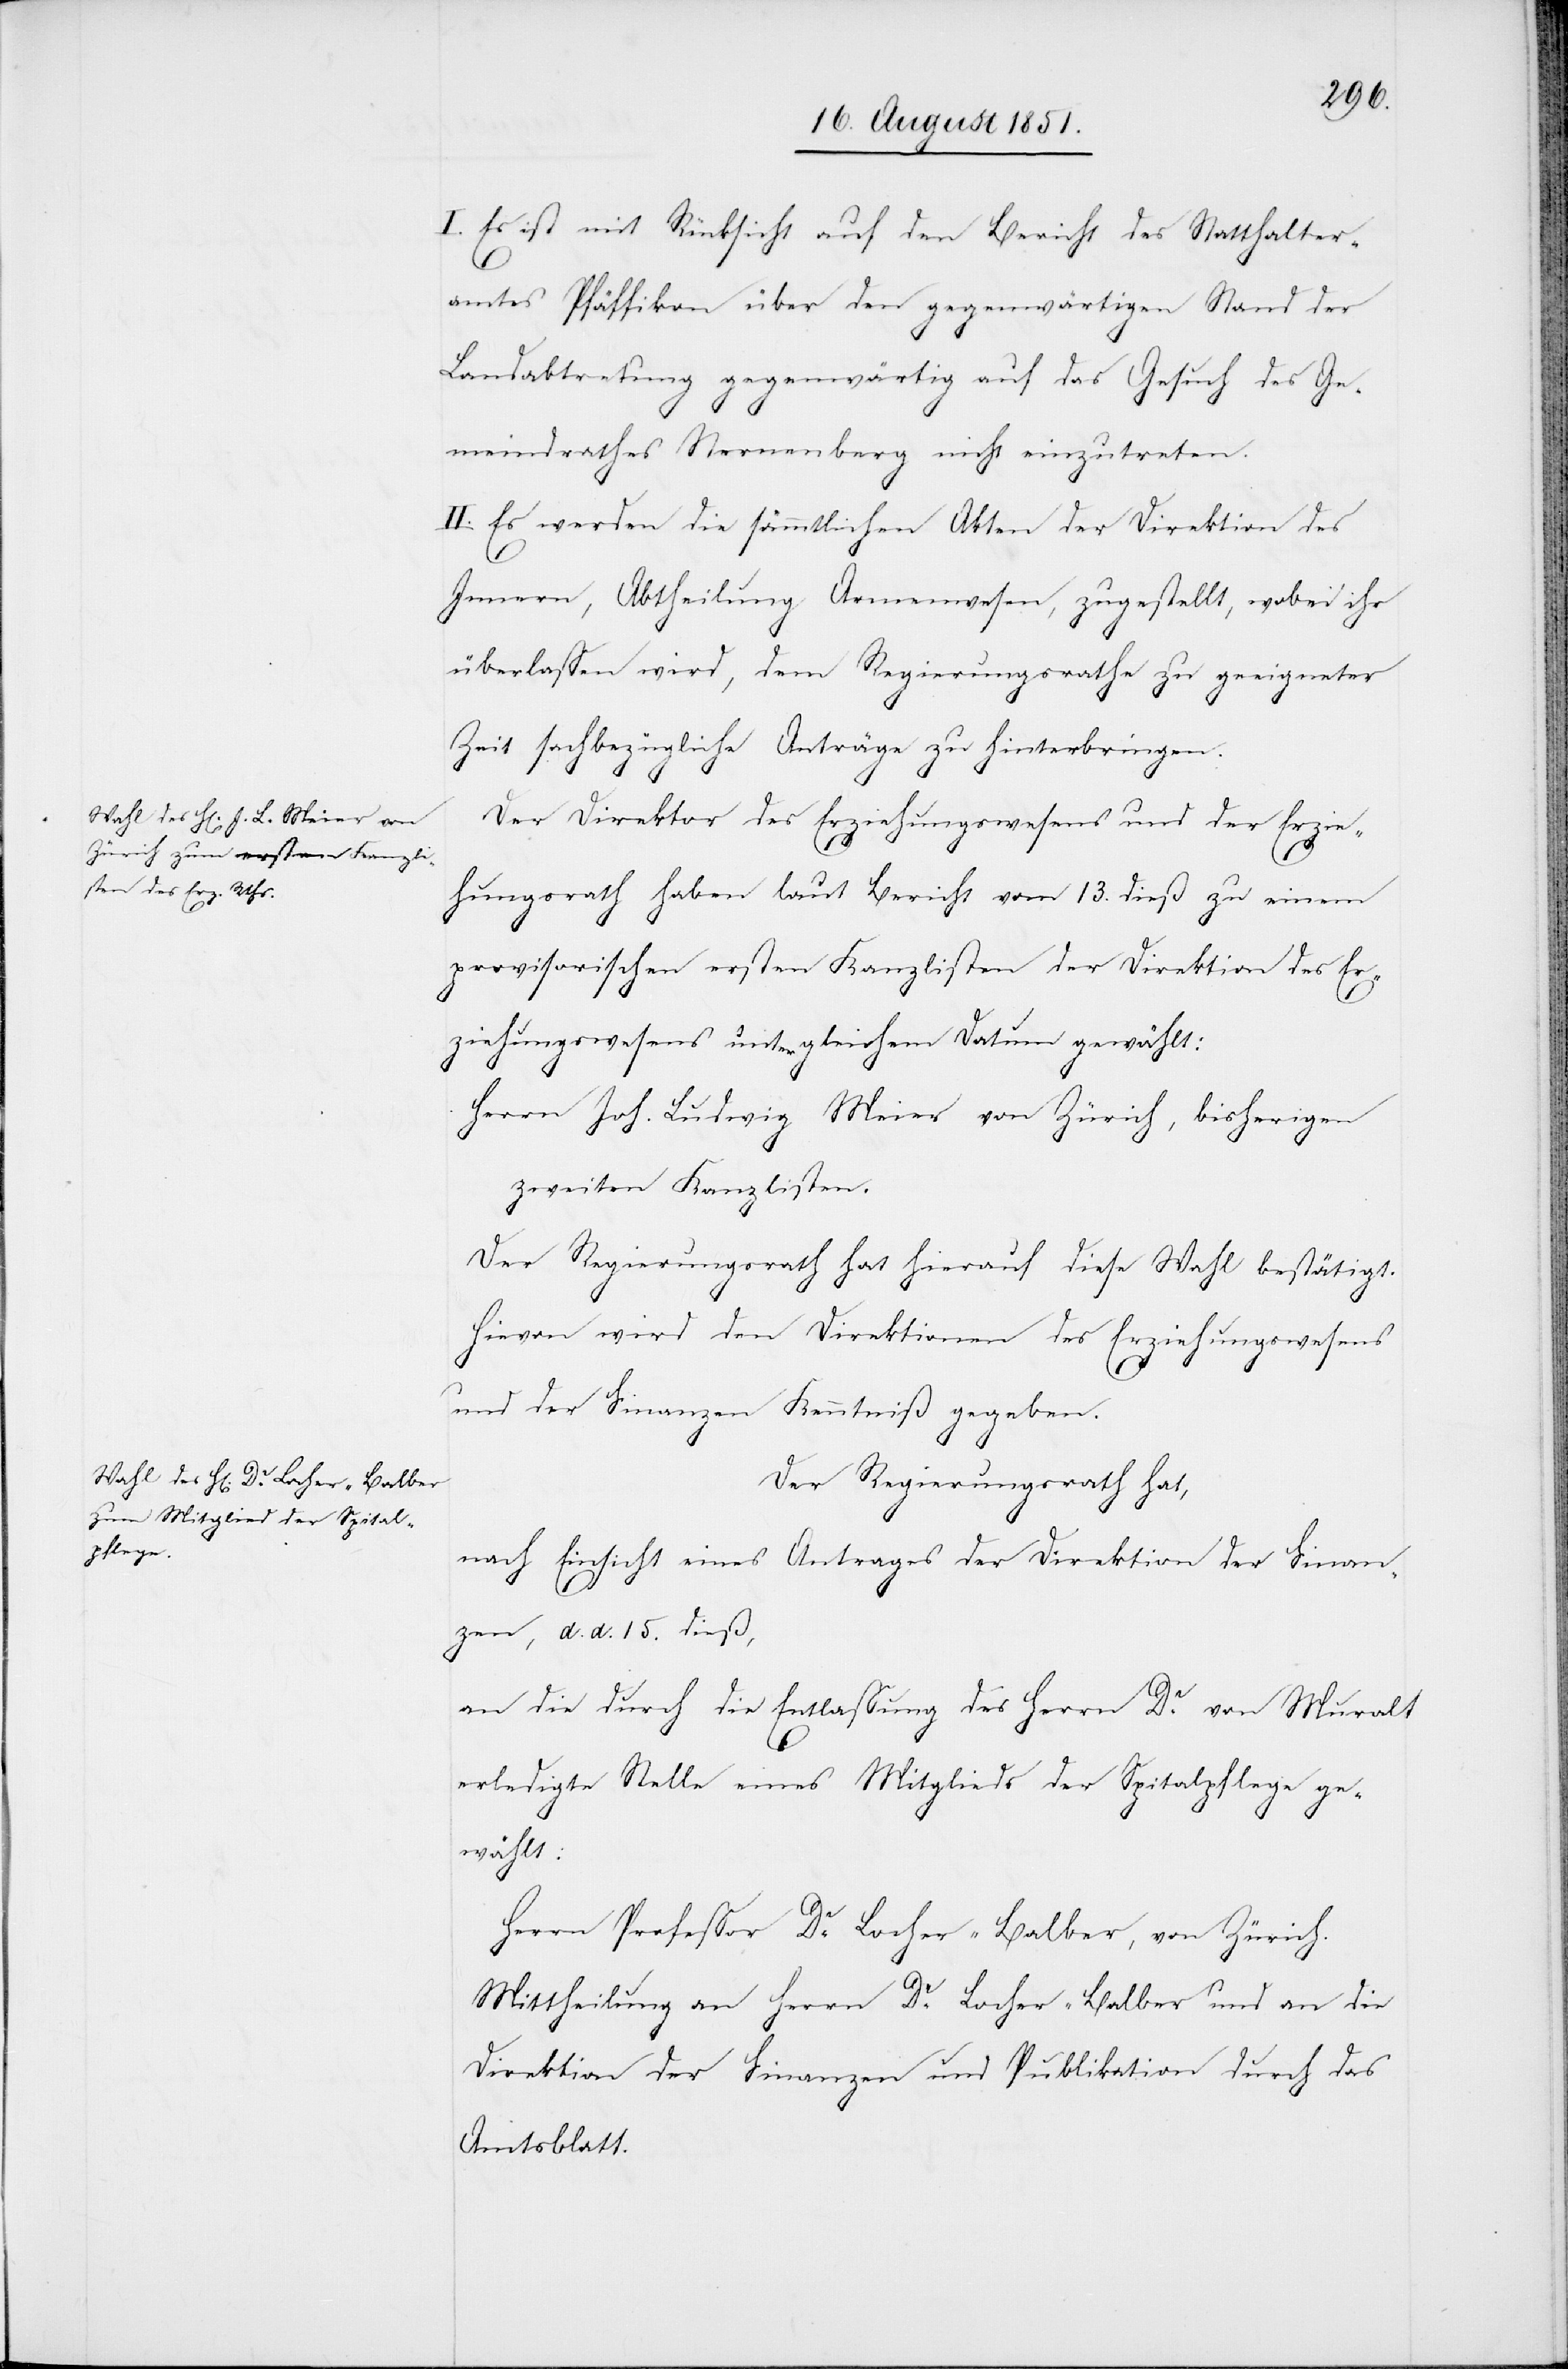
I. Es ist mit Rücksicht auf den Bericht des Statthalter¬
amtes Pfäffikon über den gegenwärtigen Stand der
Landabtretung gegenwärtig auf das Gesuch des Ge¬
meindrathes Sternenberg nicht einzutreten.
II. Es werden die sämmtlichen Akten der Direktion des
Innern, Abtheilung Armenwesen, zugestellt, wobei ihr
überlassen wird, dem Regierungsrathe zu geeigneter
Zeit sachbezügliche Anträge zu hinterbringen.
Der Direktor des Erziehungswesens und der Erzie¬
hungsrath haben laut Bericht vom 13. dieß zu einem
provisorischen ersten Kanzlisten der Direktion des Er¬
ziehungswesens unter gleichem Datum gewählt:
Herrn Joh. Ludwig Meier von Zürich, bisherigen
zweiten Kanzlisten.
Der Regierungsrath hat hierauf diese Wahl bestätigt.
Hievon wird den Direktionen des Erziehungswesens
und der Finanzen Kenntniß gegeben.
Der Regierungsrath hat,
nach Einsicht eines Antrages der Direktion der Finan¬
zen, d. d. 15. dieß,
an die durch die Entlassung des Herrn Dr. von Muralt
erledigte Stelle eines Mitglieds der Spitalpflege ge¬
wählt:
Herrn Professor Dr. Locher-Balber, von Zürich.
Mittheilung an Herrn Dr. Locher-Balber und an die
Direktion der Finanzen und Publikation durch das
Amtsblatt.